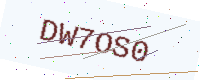
Text: DW7OS0